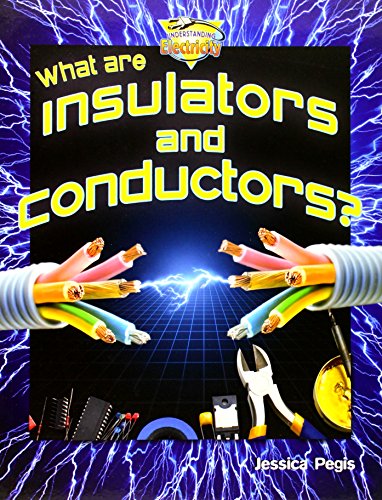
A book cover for What Are Insulators and Conductors? (Understanding Electricity) (Understanding Electricity (Crabtree)); Jessica Pegis; Children's Books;